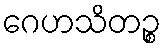
ဂေဟသိတဉ္စ